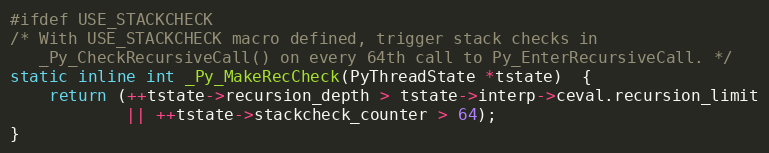
Language: C
#ifdef USE_STACKCHECK
/* With USE_STACKCHECK macro defined, trigger stack checks in
   _Py_CheckRecursiveCall() on every 64th call to Py_EnterRecursiveCall. */
static inline int _Py_MakeRecCheck(PyThreadState *tstate)  {
    return (++tstate->recursion_depth > tstate->interp->ceval.recursion_limit
            || ++tstate->stackcheck_counter > 64);
}